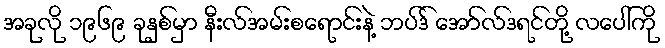
အခုလို ၁၉၆၉ ခုနှစ်မှာ နီးလ်အမ်းစရောင်းနဲ့ ဘပ်ဒ် အော်လ်ဒရင်တို့ လပေါ်ကို